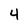
Character: 4